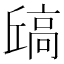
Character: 𫘶